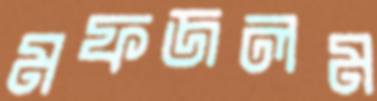
মফজলম